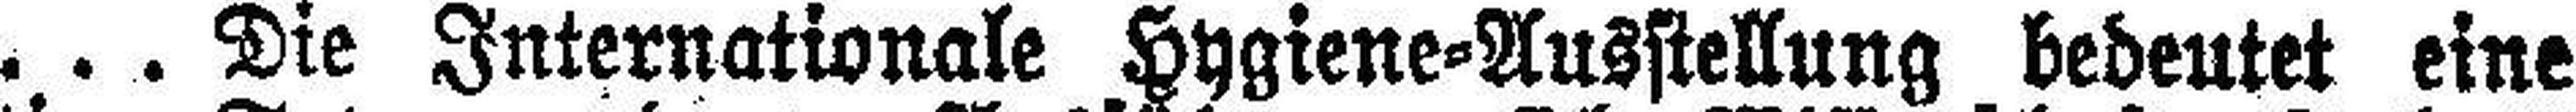
... Die Internationale Hygiene=Ausstellung bedeutet eine